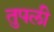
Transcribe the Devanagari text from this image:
तुपली